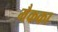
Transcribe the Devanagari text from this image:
मैकका